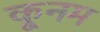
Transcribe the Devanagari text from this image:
कूनम